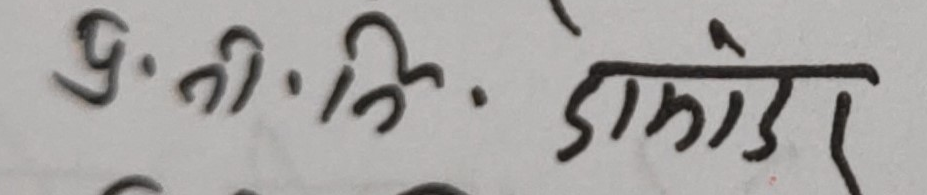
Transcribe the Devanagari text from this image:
पु. नी. वि. डाकोडर